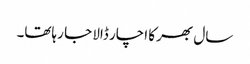
سال بھر کا اچار ڈالا جا رہاتھا۔